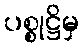
ပစ္စုဋ္ဌိမှ